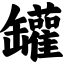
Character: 罐